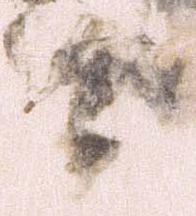
党